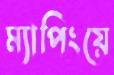
ম্যাপিংয়ে